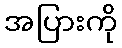
အပြားကို